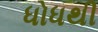
ધોધથી